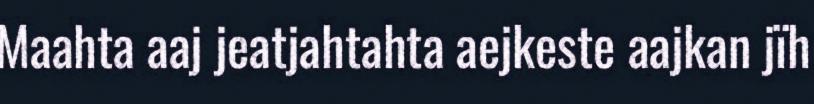
Maahta aaj jeatjahtahta aejkeste aajkan jïh